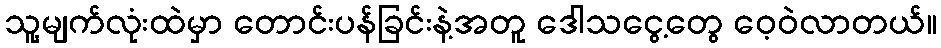
သူ့မျက်လုံးထဲမှာ တောင်းပန်ခြင်းနဲ့အတူ ဒေါသငွေ့တွေ ဝေ့ဝဲလာတယ်။